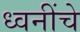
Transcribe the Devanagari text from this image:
ध्वनींचे